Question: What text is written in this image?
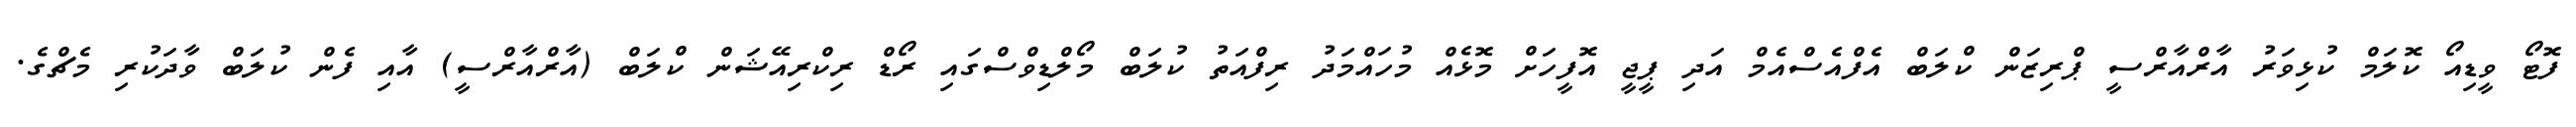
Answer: ފޮޓޯ ވީޑިއޯ ކޮލަމް ކުޅިވަރު އާރްއާރްސީ ޕްރިޒަން ކްލަބް އެފްއެސްއެމް އަދި ޕީޖީ އޮފީހަށް މޮޅެއް މުހައްމަދު ރިފްއަތު ކުލަބް މޯލްޑިވްސްގައި ރޯޑް ރިކްރިއޭޝަން ކްލަބް (އާރްއާރްސީ) އާއި ފެން ކުލަބް ވާދަކުރި މެޗްގެ.